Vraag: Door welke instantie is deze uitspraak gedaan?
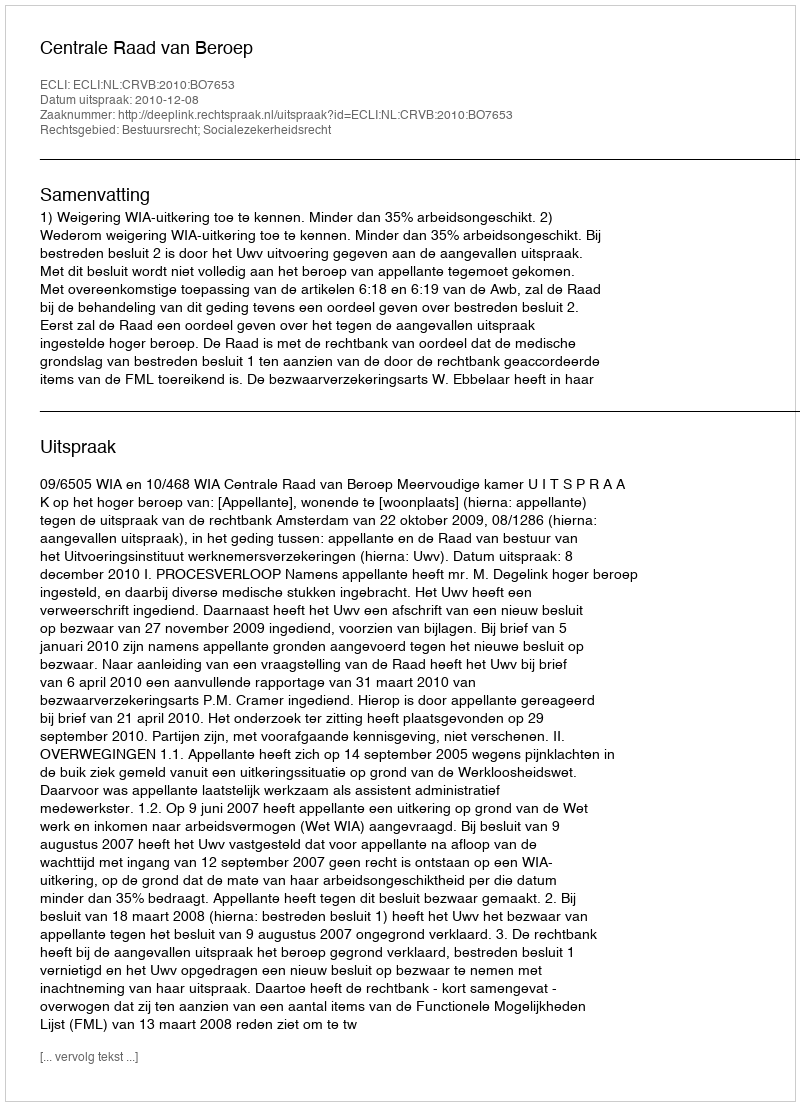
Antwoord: Centrale Raad van Beroep